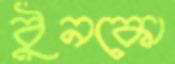
ঠুনকো